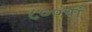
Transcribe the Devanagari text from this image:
८००वां